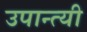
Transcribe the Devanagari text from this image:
उपान्त्यी